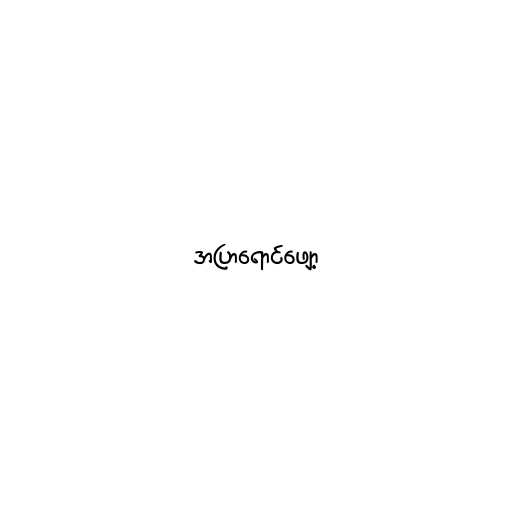
အပြာရောင်ဖျော့